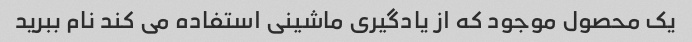
یک محصول موجود که از یادگیری ماشینی استفاده می کند نام ببرید